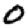
Digit: 0